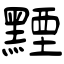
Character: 黫